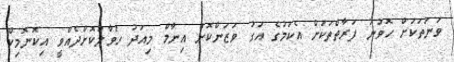
ވަނަތަކަށް ހޮވުނު ފަރާތްތަކަށް އެކަމުގެ އަގު ވަޒަންކޮށް އިނާމް މިއަދު ހަވާލުކޮށްދެއްވީ އިކޮނޮމިކް